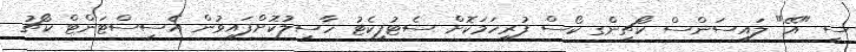
ސީ "އޭ" ލައިސަންސް ކޯޗިންގ ކޯސް ފުރިހަމަކޮށް ސެޓުފިކެޓު ހާސިލުކޮށްފައިވުން އެސިސްޓަންޓް ކޯޗު